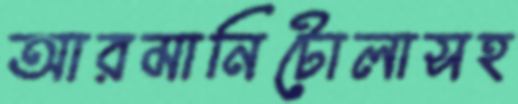
আরমানিটোলাসহ